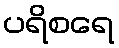
ပရိစရေ